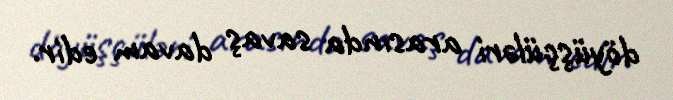
döyüşçüləri arasında savaş davam edir.